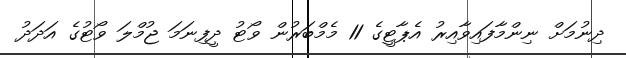
ދިނުމަށް ނިންމާފައިވާއިރު އެޕާޓީގެ 11 މެމްބަރުން ވޯޓު ދީފިނަމަ ޖުމްލަ ވޯޓުގެ އަދަދު